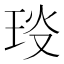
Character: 𤥎